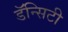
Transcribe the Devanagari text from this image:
डॅन्सिटी